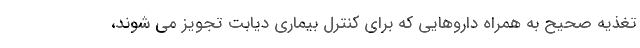
تغذیه صحیح به همراه داروهایی که برای کنترل بیماری دیابت تجویز می شوند،